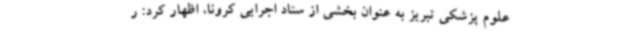
علوم پزشکی تبریز به عنوان بخشی از ستاد اجرایی کرونا، اظهار کرد: ر